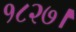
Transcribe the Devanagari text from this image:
१८२७।